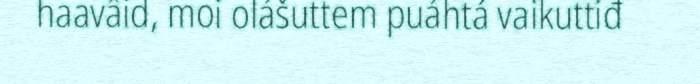
haavâid, moi olášuttem puáhtá vaikuttiđ